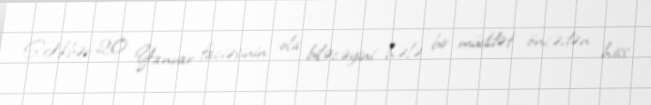
S.Əkbər 20 Yanvar faciəsinin ola biləcəyini hələ bir müddət öncədən hiss